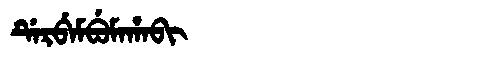
Manchu: ᡩᡝᡵᠪᡝᠮᠪᡠᠮᠠᡥᠠᠪᡳ
Romanization: DERBEMBUMAHABI